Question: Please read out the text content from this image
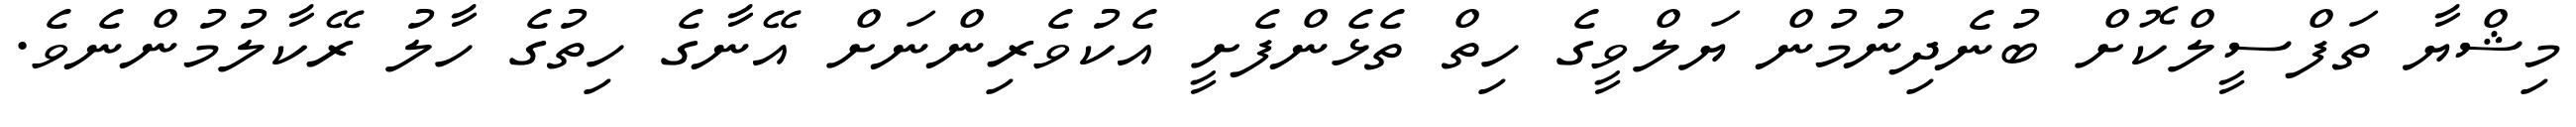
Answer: މިޝްޔާ ތަފްސީލްކޮށް ބުނެދިނުމުން ޔަލްވީގެ ހިތް ތެޅެންފެށީ އެކުވެރިންނަށް އޭނާގެ ހިތުގެ ހާލު ރޭކާލުމުންނެވެ.